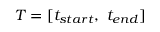
T = [ t _ { s t a r t } , ~ t _ { e n d } ]